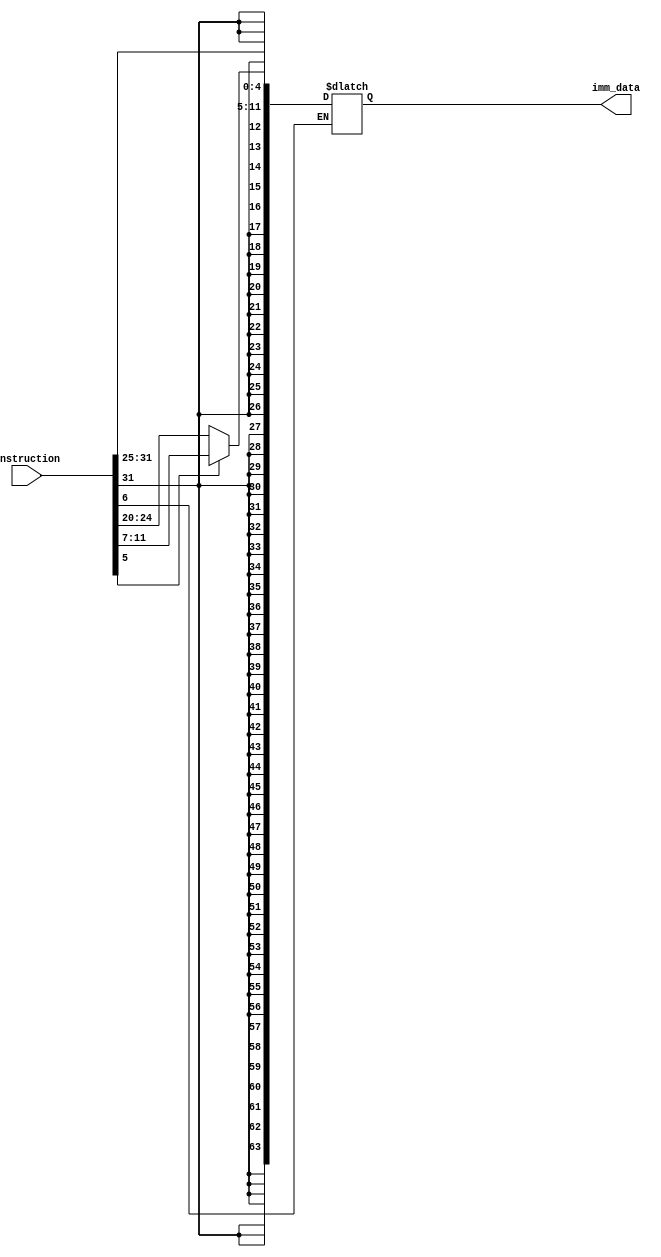
module immediate_data_extractor
  (
  input [31:0] instruction,
  output reg [63:0] imm_data
  );
  
  always @ (instruction)
  begin
    if (instruction[6] == 1'b0) //If data transfer instruction
      begin
        if (instruction[5] == 1'b0) // If load inst
        begin
          imm_data[11:0] = instruction[31:20];
          imm_data[63:12] = {{52{instruction[31]}}};
        end
               
        else
          begin
            imm_data[4:0] = instruction[11:7];
            imm_data[11:5] = instruction[31:25];
            imm_data[63:12] = {{52{instruction[31]}}};
          end
          
          
          
        
      end
    
  end
  
endmodule